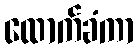
ထောက်ခံကာ